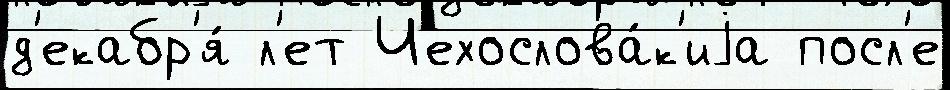
д'екабр'я́ л'ет Чехослова́к'иjа посл'е